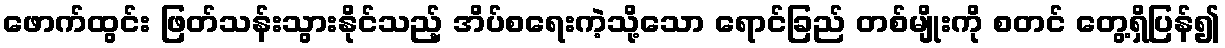
ဖောက်ထွင်း ဖြတ်သန်းသွားနိုင်သည့် အိပ်စရေးကဲ့သို့သော ရောင်ခြည် တစ်မျိုးကို စတင် တွေ့ရှိပြန်၍